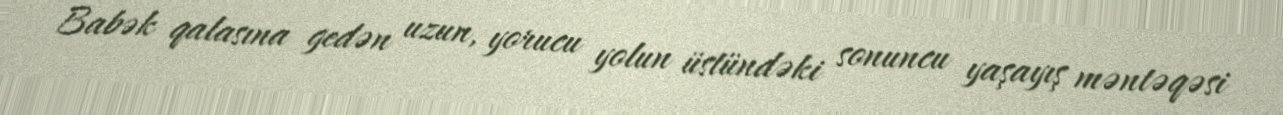
Babək qalasına gedən uzun, yorucu yolun üstündəki sonuncu yaşayış məntəqəsi